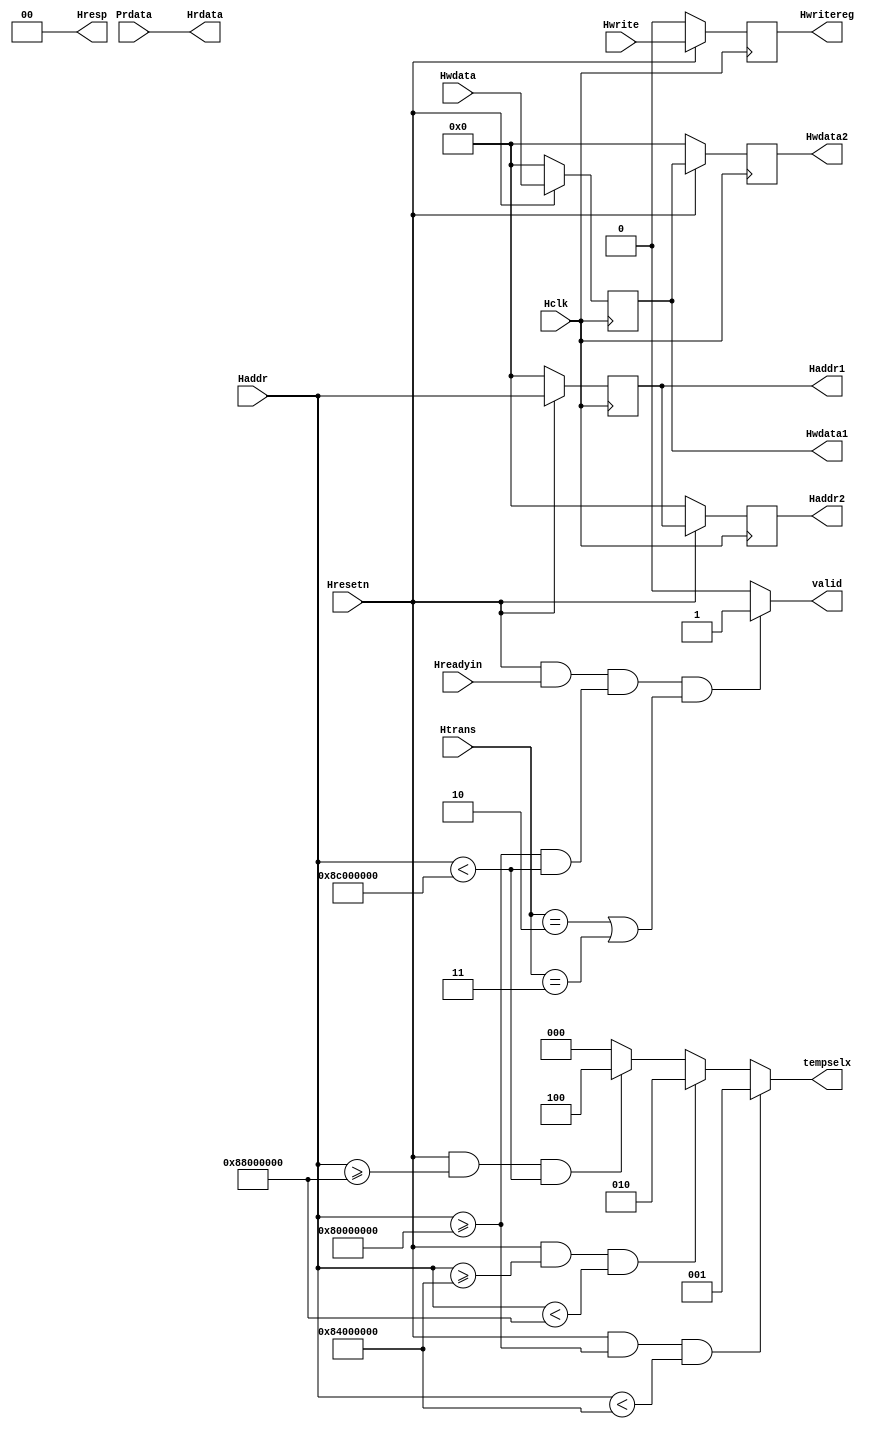

// AHB to APG Bridge | Maven Silicon
//
//
//
// AHB Slave Interface
//
//
// Modifications: The Combinational part sensitivity list did not inclued Hresetn and hence they gave x output on reset


module AHB_slave_interface(Hclk,Hresetn,Hwrite,Hreadyin,Htrans,Haddr,Hwdata,
			   Prdata,valid,Haddr1,Haddr2,Hwdata1,Hwdata2,Hrdata,Hwritereg,tempselx,Hresp);
input Hclk,Hresetn;
input Hwrite,Hreadyin;
input [1:0] Htrans;
input [31:0] Haddr,Hwdata,Prdata;
output reg valid;
output reg [31:0] Haddr1,Haddr2,Hwdata1,Hwdata2;
output [31:0] Hrdata; 
output reg Hwritereg;
output reg [2:0] tempselx;
output  [1:0] Hresp;



/// Implementing Pipeline Logic for Address,Data and Control Signal

	always @(posedge Hclk)
		begin
		
			if (~Hresetn)
				begin
					Haddr1<=0;
					Haddr2<=0;
				end
			else
				begin
					Haddr1<=Haddr;
					Haddr2<=Haddr1;
				end
		
		end

	always @(posedge Hclk)
		begin
		
			if (~Hresetn)
				begin
					Hwdata1<=0;
					Hwdata2<=0;
				end
			else
				begin
					Hwdata1<=Hwdata;
					Hwdata2<=Hwdata1;
				end
		
		end
		
	always @(posedge Hclk)
		begin	
			if (~Hresetn)
				Hwritereg<=0;
			else
				Hwritereg<=Hwrite;
		end
		
		
/// Implementing Valid Logic Generation

	always @(Hreadyin,Haddr,Htrans,Hresetn)
		begin
			valid=0;
			if (Hresetn && Hreadyin && (Haddr>=32'h8000_0000 && Haddr<32'h8C00_0000) && (Htrans==2'b10 || Htrans==2'b11) )
				valid=1;

		end
		
/// Implementing Tempselx Logic

	always @(Haddr,Hresetn)
		begin
			tempselx=3'b000;
			if (Hresetn && Haddr>=32'h8000_0000 && Haddr<32'h8400_0000)
				tempselx=3'b001;
			else if (Hresetn && Haddr>=32'h8400_0000 && Haddr<32'h8800_0000)
				tempselx=3'b010;
			else if (Hresetn && Haddr>=32'h8800_0000 && Haddr<32'h8C00_0000)
				tempselx=3'b100;

		end
	

assign Hrdata = Prdata;
assign Hresp=2'b00;

endmodule